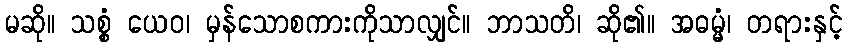
မဆို။ သစ္စံ ယေဝ၊ မှန်သောစကားကိုသာလျှင်။ ဘာသတိ၊ ဆို၏။ အဓမ္မံ၊ တရားနှင့်